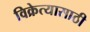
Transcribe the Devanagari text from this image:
विक्रेत्यासाठी